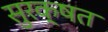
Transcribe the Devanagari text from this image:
सुरक्षत